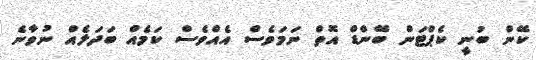
ކޭން ބުނީ ކެޕްޓަން ބޭންޑް އޮތް ނަމަވެސް އެއްވެސް ކަމެއް ބަދަލެއް ނުވާނެ